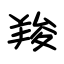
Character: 羧